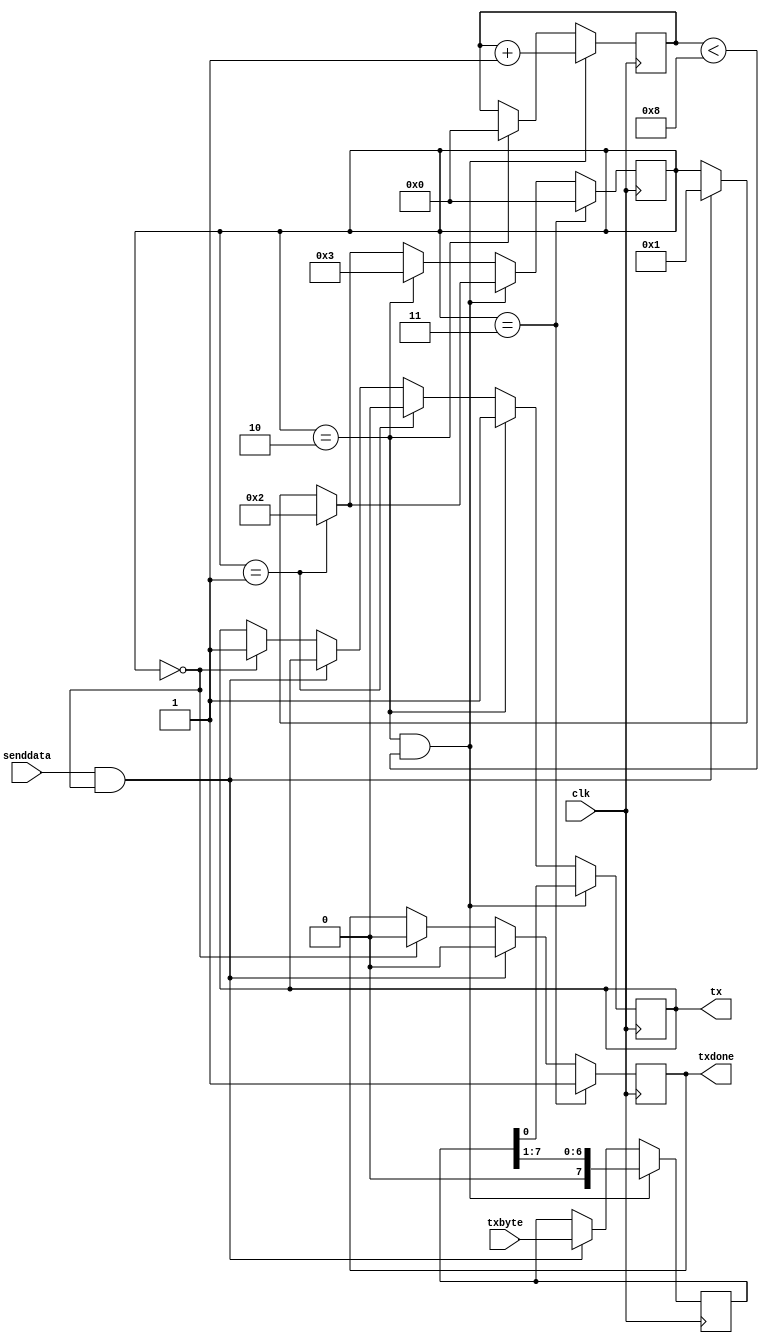
// 8N1 UART Module, transmit only

module uart_tx_8n1 (
    clk,        // input clock
    txbyte,     // outgoing byte
    senddata,   // trigger tx
    txdone,     // outgoing byte sent
    tx,         // tx wire
    );

    /* Inputs */
    input clk;
    input[7:0] txbyte;
    input senddata;

    /* Outputs */
    output txdone;
    output tx;

    /* Parameters */
    parameter STATE_IDLE=8'd0;
    parameter STATE_STARTTX=8'd1;
    parameter STATE_TXING=8'd2;
    parameter STATE_TXDONE=8'd3;

    /* State variables */
    reg[7:0] state=8'b0;
    reg[7:0] buf_tx=8'b0;
    reg[7:0] bits_sent=8'b0;
    reg txbit=1'b1;
    reg txdone=1'b0;

    /* Wiring */
    assign tx=txbit;

    /* always */
    always @ (posedge clk) begin
        // start sending?
        if (senddata == 1 && state == STATE_IDLE) begin
            state <= STATE_STARTTX;
            buf_tx <= txbyte;
            txdone <= 1'b0;
        end else if (state == STATE_IDLE) begin
            // idle at high
            txbit <= 1'b1;
            txdone <= 1'b0;
        end

        // send start bit (low)
        if (state == STATE_STARTTX) begin
            txbit <= 1'b0;
            state <= STATE_TXING;
        end
        // clock data out
        if (state == STATE_TXING && bits_sent < 8'd8) begin
            txbit <= buf_tx[0];
            buf_tx <= buf_tx>>1;
            bits_sent = bits_sent + 1;
        end else if (state == STATE_TXING) begin
            // send stop bit (high)
            txbit <= 1'b1;
            bits_sent <= 8'b0;
            state <= STATE_TXDONE;
        end

        // tx done
        if (state == STATE_TXDONE) begin
            txdone <= 1'b1;
            state <= STATE_IDLE;
        end

    end

endmodule